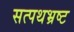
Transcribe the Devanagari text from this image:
सत्पथभ्रष्ट